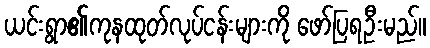
ယင်းရွာ၏ကုနထုတ်လုပ်ငန်းများကို ဖော်ပြရဦးမည်။